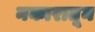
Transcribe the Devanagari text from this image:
नकारातून